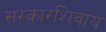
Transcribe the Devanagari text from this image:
सरकारशिवाय